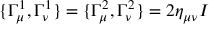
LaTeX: \{ \Gamma _ { \mu } ^ { 1 } , \Gamma _ { \nu } ^ { 1 } \} = \{ \Gamma _ { \mu } ^ { 2 } , \Gamma _ { \nu } ^ { 2 } \} = 2 \eta _ { \mu \nu } I